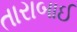
તારાબાઈ